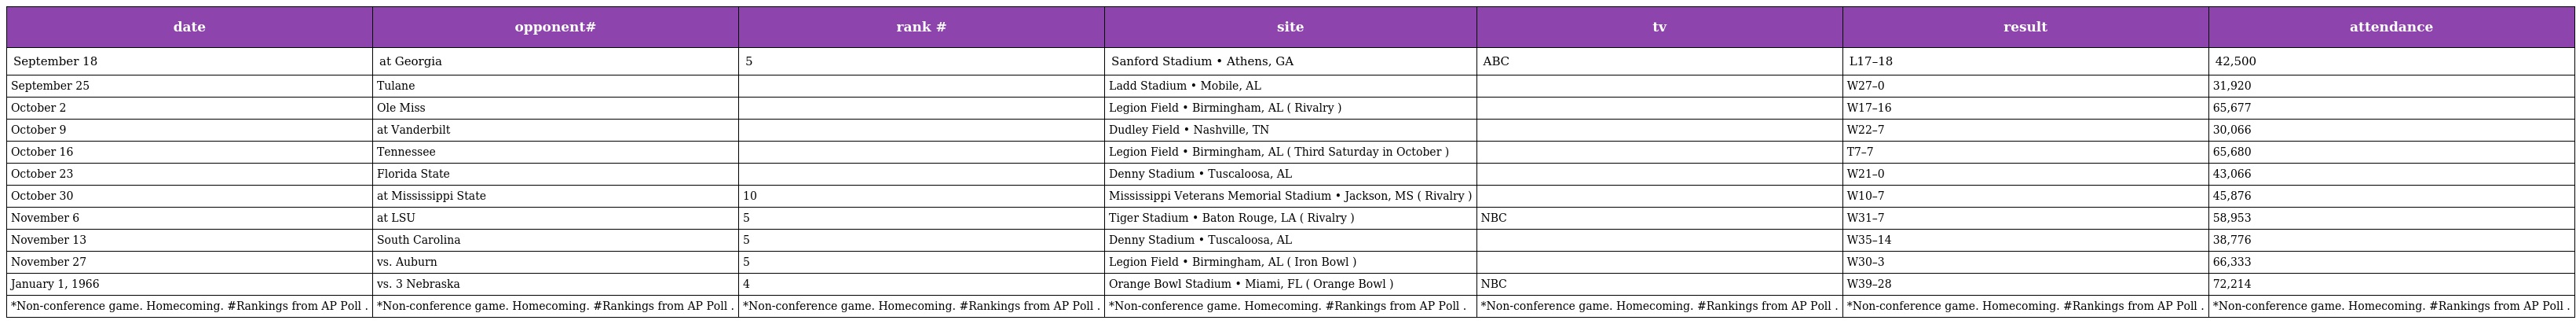
| date | opponent# | rank # | site | tv | result | attendance |
 | --- | --- | --- | --- | --- | --- | --- |
 | September 18 | at Georgia | 5 | Sanford Stadium • Athens, GA | ABC | L17–18 | 42,500 |
 | September 25 | Tulane |  | Ladd Stadium • Mobile, AL |  | W27–0 | 31,920 |
 | October 2 | Ole Miss |  | Legion Field • Birmingham, AL ( Rivalry ) |  | W17–16 | 65,677 |
 | October 9 | at Vanderbilt |  | Dudley Field • Nashville, TN |  | W22–7 | 30,066 |
 | October 16 | Tennessee |  | Legion Field • Birmingham, AL ( Third Saturday in October ) |  | T7–7 | 65,680 |
 | October 23 | Florida State |  | Denny Stadium • Tuscaloosa, AL |  | W21–0 | 43,066 |
 | October 30 | at Mississippi State | 10 | Mississippi Veterans Memorial Stadium • Jackson, MS ( Rivalry ) |  | W10–7 | 45,876 |
 | November 6 | at LSU | 5 | Tiger Stadium • Baton Rouge, LA ( Rivalry ) | NBC | W31–7 | 58,953 |
 | November 13 | South Carolina | 5 | Denny Stadium • Tuscaloosa, AL |  | W35–14 | 38,776 |
 | November 27 | vs. Auburn | 5 | Legion Field • Birmingham, AL ( Iron Bowl ) |  | W30–3 | 66,333 |
 | January 1, 1966 | vs. 3 Nebraska | 4 | Orange Bowl Stadium • Miami, FL ( Orange Bowl ) | NBC | W39–28 | 72,214 |
 | *Non-conference game. Homecoming. #Rankings from AP Poll . | *Non-conference game. Homecoming. #Rankings from AP Poll . | *Non-conference game. Homecoming. #Rankings from AP Poll . | *Non-conference game. Homecoming. #Rankings from AP Poll . | *Non-conference game. Homecoming. #Rankings from AP Poll . | *Non-conference game. Homecoming. #Rankings from AP Poll . | *Non-conference game. Homecoming. #Rankings from AP Poll . |